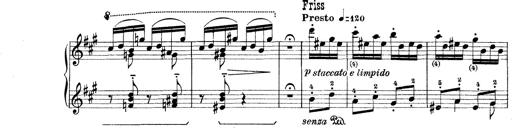
Title: Rapsodie: 19 ungheresi, 1 spagnuola
Composer: Franz Liszt